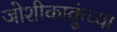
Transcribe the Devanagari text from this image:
जोशीकाकूंच्या